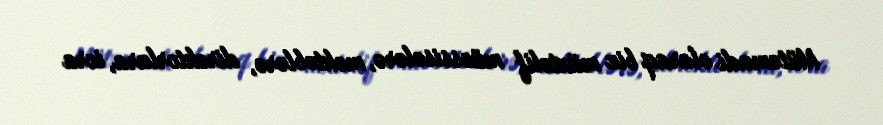
Mütəmadi olaraq biz müxtəlif müəssisələrə, məktəblərə, direktorlara, icra